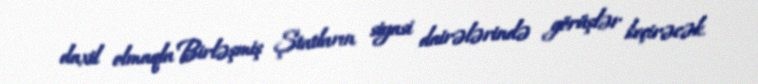
daxil olmaqla Birləşmiş Ştatların siyasi dairələrində görüşlər keçirəcək.